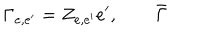
\Gamma _ { e , e ^ { \prime } } = Z _ { e , e ^ { \prime } } e ^ { \prime } , \qquad \bar { \Gamma }